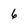
Character: 6